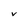
Character: v